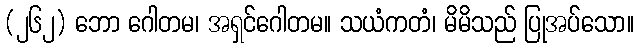
(၂၆၂) ဘော ဂေါတမ၊ အရှင်ဂေါတမ။ သယံကတံ၊ မိမိသည် ပြုအပ်သော။